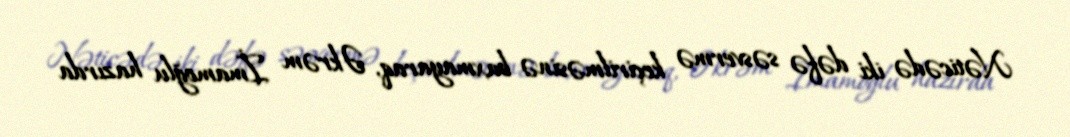
Nəticədə iki dəfə səsvermə keçirilməsinə baxmayaraq, Əkrəm İmamoğlu hazırda